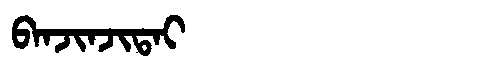
Manchu: ᠪᠠᠨᠵᡳᠨᠵᡳᡨᠠᡳ
Romanization: BANJINJITAI